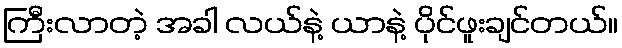
ကြီးလာတဲ့ အခါ လယ်နဲ့ ယာနဲ့ ပိုင်ဖူးချင်တယ်။